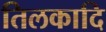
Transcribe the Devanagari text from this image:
तिलकादि